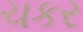
ચકર